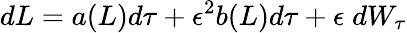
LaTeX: dL=a(L)d\tau+\epsilon^{2}b(L)d\tau+\epsilon\; dW_{\tau}